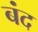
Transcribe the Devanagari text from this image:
बंद